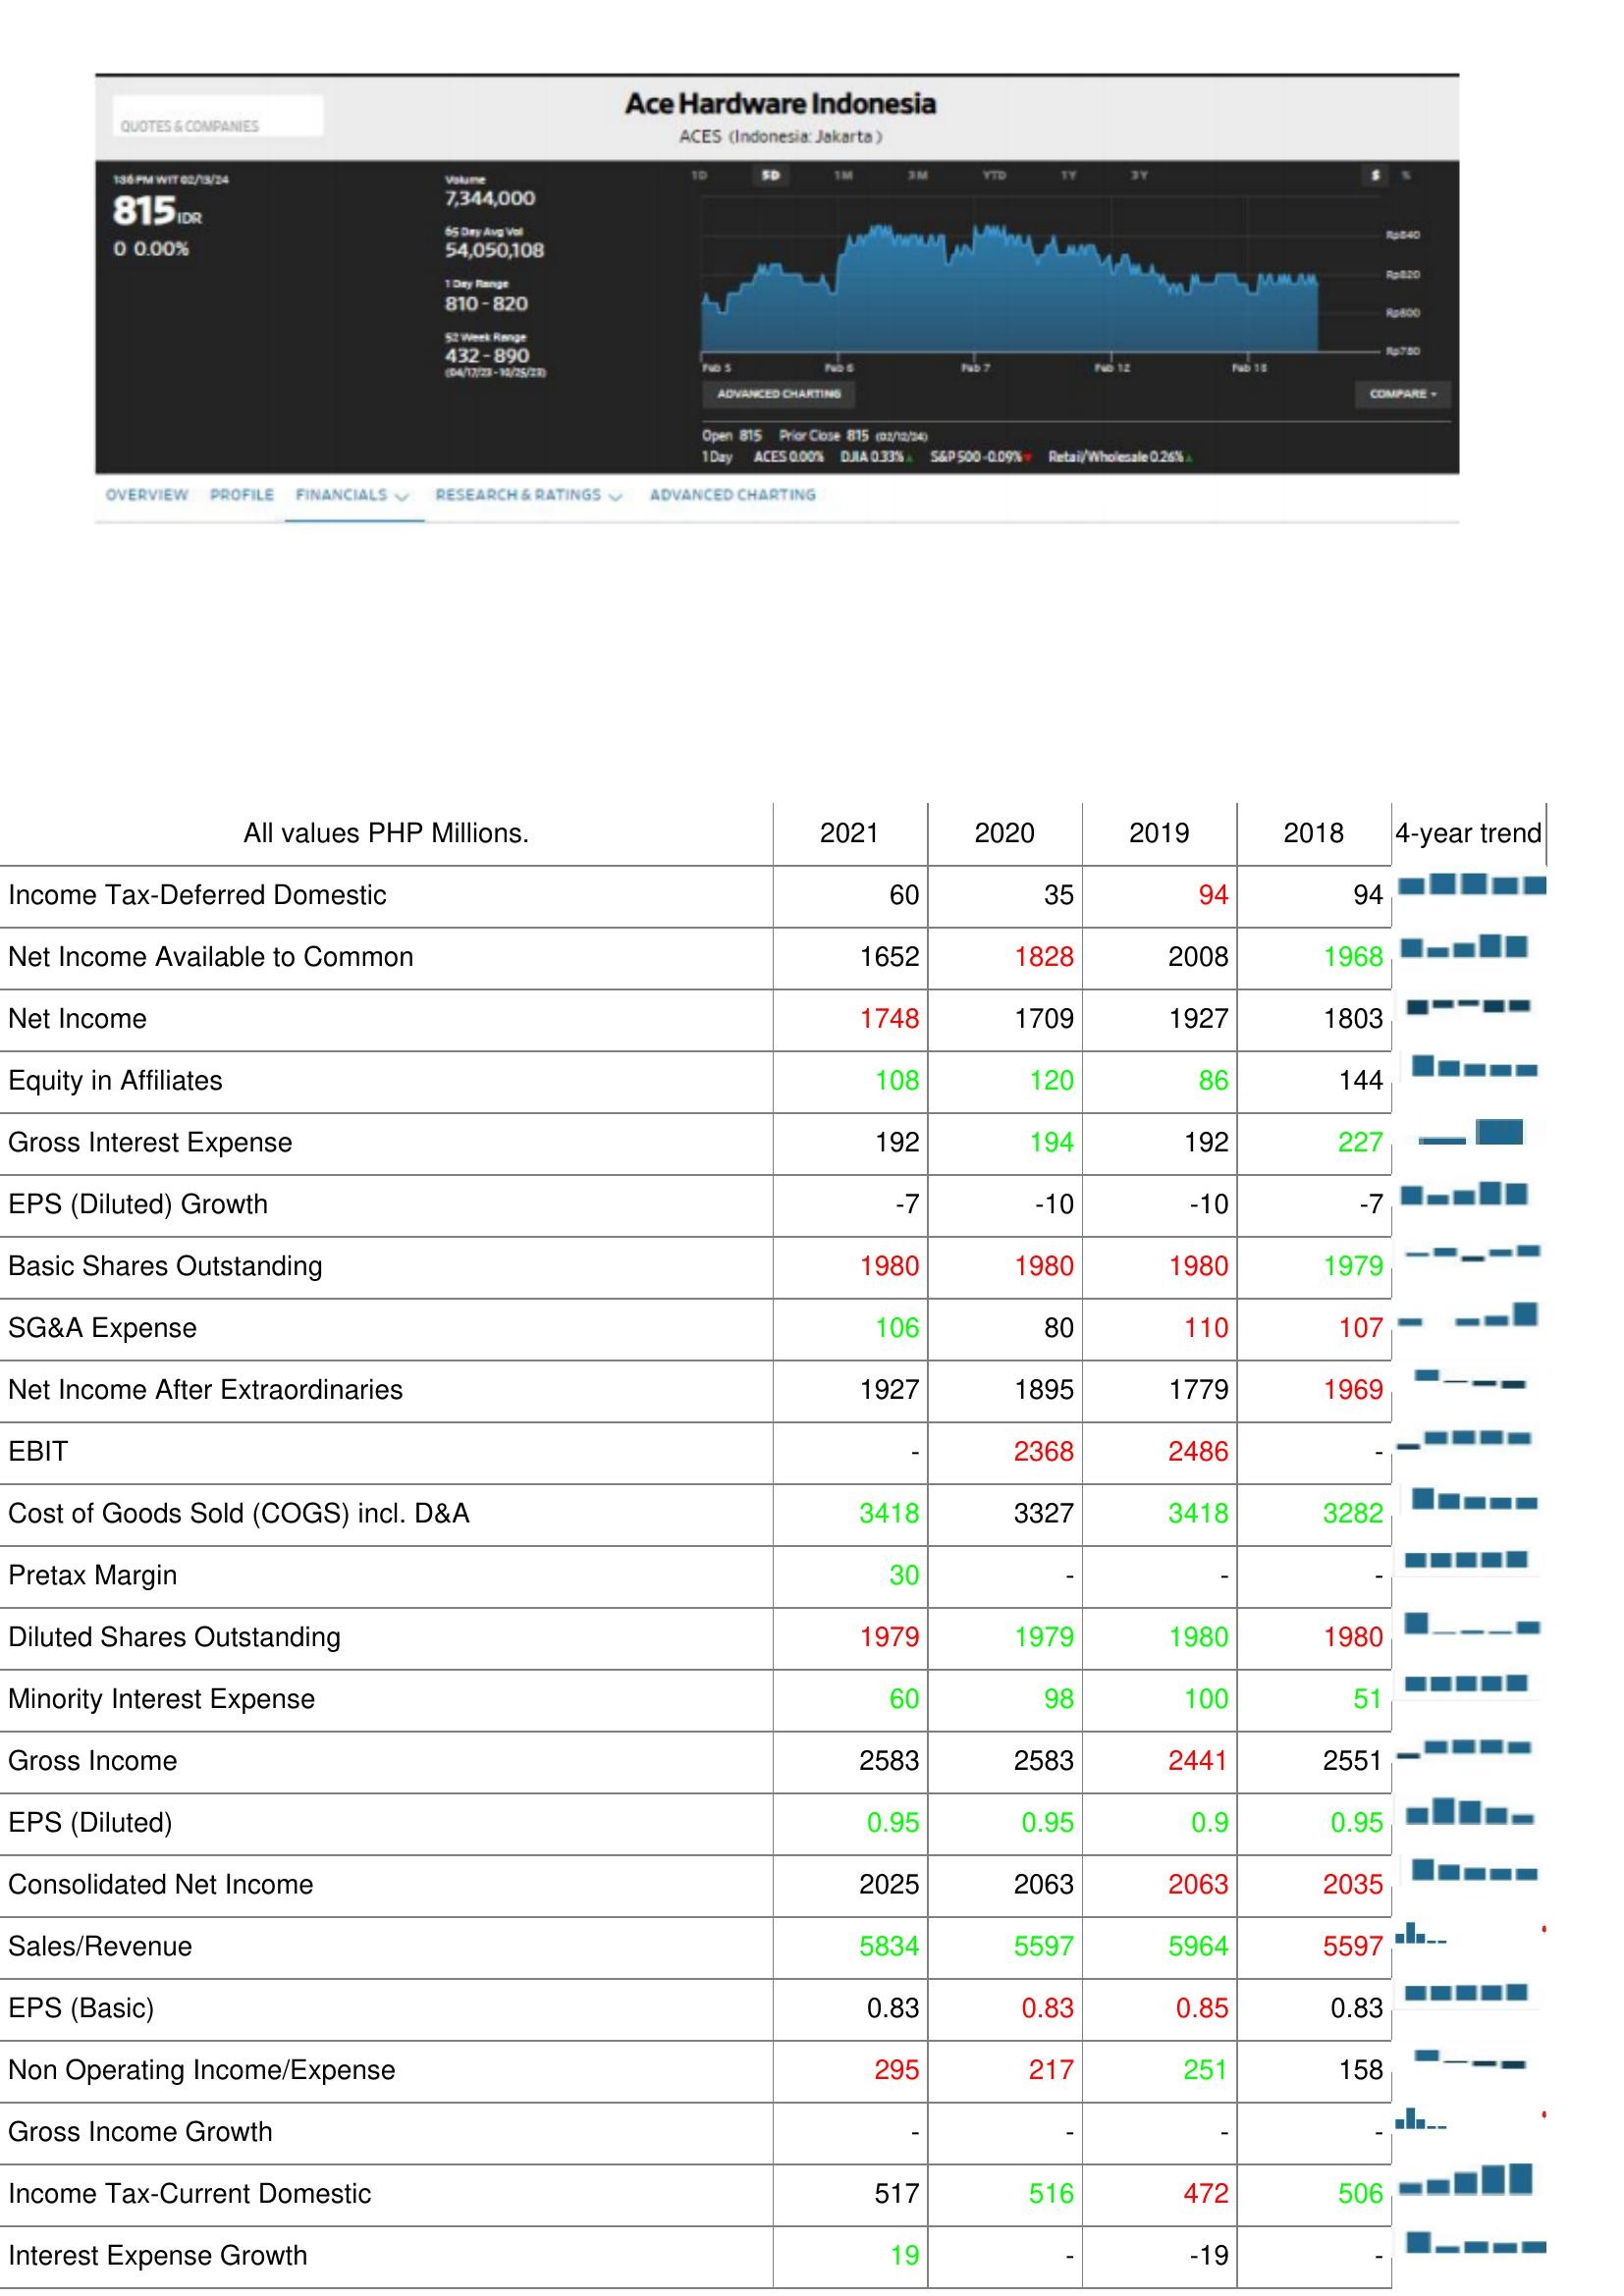
2021: : Income Tax-Deferred Domestic: 60
Net Income Available to Common: 1652
Net Income: 1748
Equity in Affiliates: 108
Gross Interest Expense: 192
EPS (Diluted) Growth: -7
Basic Shares Outstanding: 1980
SG&A Expense: 106
Net Income After Extraordinaries: 1927
EBIT: -
Cost of Goods Sold (COGS) incl. D&A: 3418
Pretax Margin: 30
Diluted Shares Outstanding: 1979
Minority Interest Expense: 60
Gross Income: 2583
EPS (Diluted): 0.95
Consolidated Net Income: 2025
Sales/Revenue: 5834
EPS (Basic): 0.83
Non Operating Income/Expense: 295
Gross Income Growth: -
Income Tax-Current Domestic: 517
Interest Expense Growth: 19
2020: : Income Tax-Deferred Domestic: 35
Net Income Available to Common: 1828
Net Income: 1709
Equity in Affiliates: 120
Gross Interest Expense: 194
EPS (Diluted) Growth: -10
Basic Shares Outstanding: 1980
SG&A Expense: 80
Net Income After Extraordinaries: 1895
EBIT: 2368
Cost of Goods Sold (COGS) incl. D&A: 3327
Pretax Margin: -
Diluted Shares Outstanding: 1979
Minority Interest Expense: 98
Gross Income: 2583
EPS (Diluted): 0.95
Consolidated Net Income: 2063
Sales/Revenue: 5597
EPS (Basic): 0.83
Non Operating Income/Expense: 217
Gross Income Growth: -
Income Tax-Current Domestic: 516
Interest Expense Growth: -
2019: : Income Tax-Deferred Domestic: 94
Net Income Available to Common: 2008
Net Income: 1927
Equity in Affiliates: 86
Gross Interest Expense: 192
EPS (Diluted) Growth: -10
Basic Shares Outstanding: 1980
SG&A Expense: 110
Net Income After Extraordinaries: 1779
EBIT: 2486
Cost of Goods Sold (COGS) incl. D&A: 3418
Pretax Margin: -
Diluted Shares Outstanding: 1980
Minority Interest Expense: 100
Gross Income: 2441
EPS (Diluted): 0.9
Consolidated Net Income: 2063
Sales/Revenue: 5964
EPS (Basic): 0.85
Non Operating Income/Expense: 251
Gross Income Growth: -
Income Tax-Current Domestic: 472
Interest Expense Growth: -19
2018: : Income Tax-Deferred Domestic: 94
Net Income Available to Common: 1968
Net Income: 1803
Equity in Affiliates: 144
Gross Interest Expense: 227
EPS (Diluted) Growth: -7
Basic Shares Outstanding: 1979
SG&A Expense: 107
Net Income After Extraordinaries: 1969
EBIT: -
Cost of Goods Sold (COGS) incl. D&A: 3282
Pretax Margin: -
Diluted Shares Outstanding: 1980
Minority Interest Expense: 51
Gross Income: 2551
EPS (Diluted): 0.95
Consolidated Net Income: 2035
Sales/Revenue: 5597
EPS (Basic): 0.83
Non Operating Income/Expense: 158
Gross Income Growth: -
Income Tax-Current Domestic: 506
Interest Expense Growth: -